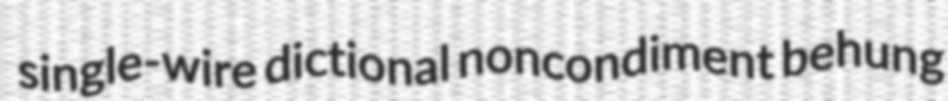
single-wire dictional noncondiment behung